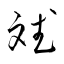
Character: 斌